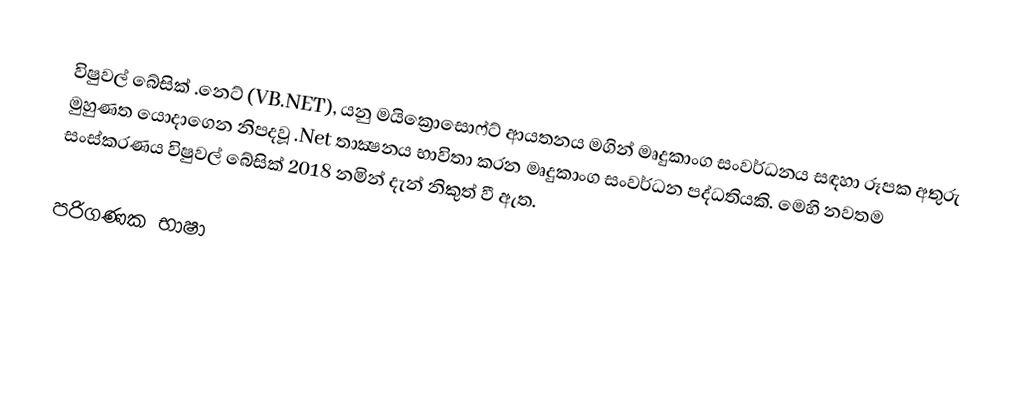
විෂුවල් බේසික් .නෙට් (VB.NET), යනු මයික්‍රොසොෆ්ට් ආයතනය මගින් මෘදුකාංග සංවර්ධනය සඳහා රූපක අතුරු මුහුණත යොදාගෙන නිපදවූ .Net තාක්‍ෂනය භාවිතා කරන මෘදුකාංග සංවර්ධන පද්ධතියකි. මෙහි නවතම සංස්කරණය විෂුවල් බේසික් 2018 නමින් දැන් නිකුත් වී ඇත.

පරිගණක භාෂා